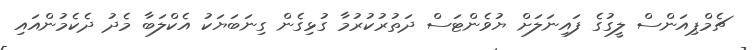
ޗެމްޕިއަންސް ލީގުގެ ފައިނަލަށް ޔުވެންޓަސް ދަތުރުކުރުމާ ގުޅިގެން ގިނަބަޔަކު އެކްލަބާ މެދު ދެކެމުންއައި